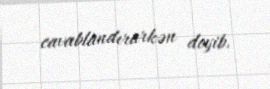
cavablandırarkən deyib.